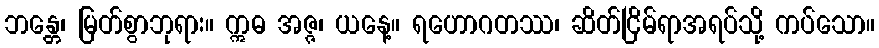
ဘန္တေ၊ မြတ်စွာဘုရား။ ဣဓ အဇ္ဇ၊ ယနေ့။ ရဟောဂတဿ၊ ဆိတ်ငြိမ်ရာအရပ်သို့ ကပ်သော။